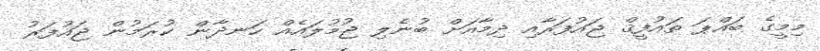
މިމީގެ ބައްޕަ ތައުފީޤް ޖައުފަރާއި ދިމާއަށް ބުނެލި ޖުމުލައެއް ހަނދާން ކުރަމުން ޖައުފަރު